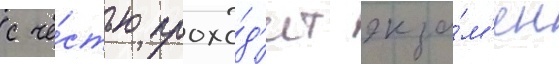
с че́стью прохо́д'ит экза́м'ен